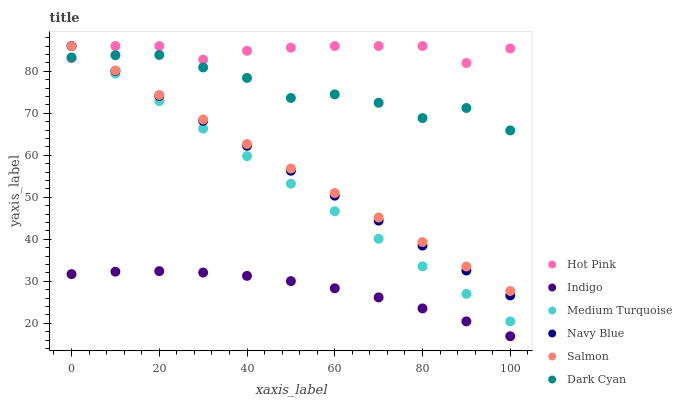
| xaxis_label | Hot Pink | Indigo | Medium Turquoise | Navy Blue | Salmon | Dark Cyan |
 | --- | --- | --- | --- | --- | --- | --- |
 | 0 | 83.1 | 31.7 | 86 | 86 | 86 | 83.3 |
 | 10 | 86 | 32.3 | 79.4 | 80.1 | 80.2 | 83.8 |
 | 20 | 86 | 32.4 | 72.9 | 74.1 | 74.3 | 83.9 |
 | 30 | 82.8 | 32.1 | 66.3 | 68.2 | 68.5 | 80.9 |
 | 40 | 84.9 | 31.3 | 59.8 | 62.3 | 62.7 | 78.4 |
 | 50 | 85.6 | 30 | 53.2 | 56.3 | 56.8 | 73.6 |
 | 60 | 86 | 28.3 | 46.7 | 50.4 | 51 | 74.5 |
 | 70 | 86 | 26.2 | 40.1 | 44.4 | 45.2 | 72.5 |
 | 80 | 86 | 23.5 | 33.6 | 38.5 | 39.3 | 68.8 |
 | 90 | 82 | 20.5 | 27 | 32.6 | 33.5 | 71.2 |
 | 100 | 85.4 | 16.9 | 20.4 | 26.6 | 27.7 | 65.9 |